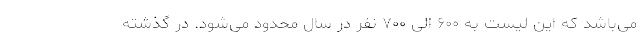
می‌باشد که این لیست به ۶۰۰ الی ۷۰۰ نفر در سال محدود می‌شود. در گذشته